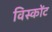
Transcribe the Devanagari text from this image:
विस्कोंट